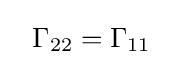
~~\Gamma _{22}=\Gamma _{11}\